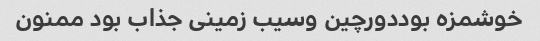
خوشمزه بوددورچین وسیب زمینی جذاب بود ممنون